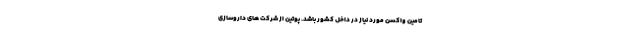
تامین واکسن مورد نیاز در داخل کشور باشد. پوتین از شرکت های داروسازی